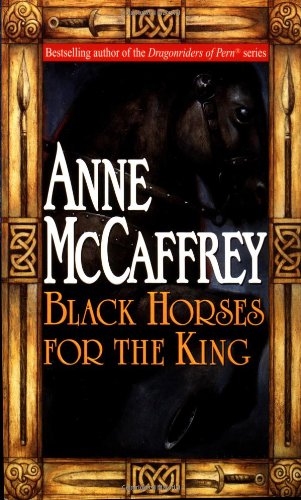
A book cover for Black Horses for the King; Anne McCaffrey; Science Fiction & Fantasy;